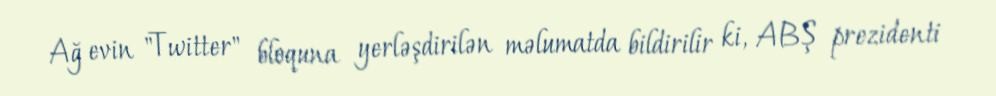
Ağ evin "Twitter" bloquna yerləşdirilən məlumatda bildirilir ki, ABŞ prezidenti